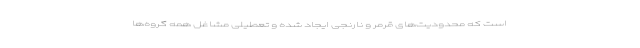
است که محدودیت‌های قرمر و نارنجی ایجاد شده و تعطیلی مشاغل همه گروه‌ها